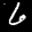
Label: 6